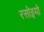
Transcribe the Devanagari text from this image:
रसोइयो